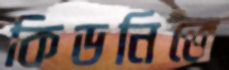
কিডনিতে